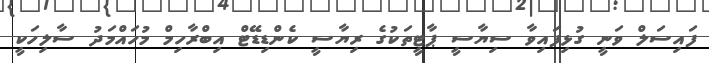
ފައިސަލް ވަނީ ގުޅިފައިވާ ސިޔާސީ ޕާޓީތަކުގެ ރިޔާސީ ކެންޑިޑޭޓް އިބްރާހިމް މުހައްމަދު ސާލިހަކީ